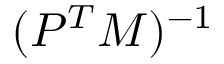
( P ^ { T } M ) ^ { - 1 }